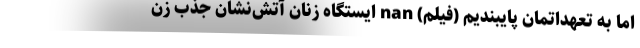
اما به تعهداتمان پایبندیم (فیلم) nan ایستگاه زنان آتش‌نشان جذب زن